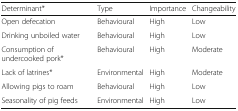
<table><thead><tr><td><b>Determinant*</b></td><td><b>Type</b></td><td><b>Importance</b></td><td><b>Changeability</b></td></tr></thead><tbody><tr><td>Open defecation</td><td>Behavioural</td><td>High</td><td>Low</td></tr><tr><td>Drinking unboiled water</td><td>Behavioural</td><td>High</td><td>Low</td></tr><tr><td>Consumption of undercooked pork*</td><td>Behavioural</td><td>High</td><td>Moderate</td></tr><tr><td>Lack of latrines*</td><td>Environmental</td><td>High</td><td>Moderate</td></tr><tr><td>Allowing pigs to roam</td><td>Behavioural</td><td>High</td><td>Low</td></tr><tr><td>Seasonality of pig feeds</td><td>Environmental</td><td>High</td><td>Low</td></tr></tbody></table>